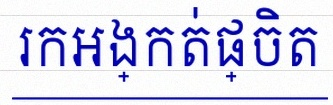
រកអង្កត់ផ្ចិត